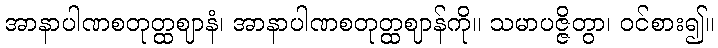
အာနာပါဏစတုတ္ထဈာနံ၊ အာနာပါဏစတုတ္ထဈာန်ကို။ သမာပဇ္ဇိတွာ၊ ဝင်စား၍။